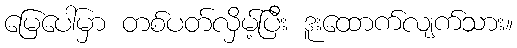
မြေပေါ်မှာ တစ်ပတ်လှိမ့်ပြီး ဒူးထောက်လျက်သား။